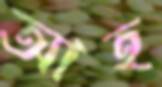
আহ